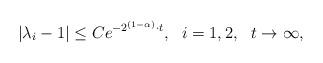
LaTeX: \begin{align*} |\lambda_i-1|\leq Ce^{-2^{(1-\alpha)}\cdot t},~~ i=1,2, ~~ t\to\infty,\end{align*}